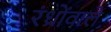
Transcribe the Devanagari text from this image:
रंध्रोंवाले